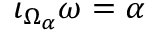
\iota _ { \Omega _ { \alpha } } \omega = \alpha